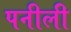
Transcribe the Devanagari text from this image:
पनीली